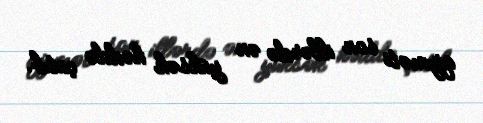
qiyməti son illərdə ən yüksək həddə çatıb.